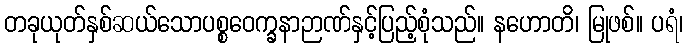
တခုယုတ်နှစ်ဆယ်သောပစ္စဝေက္ခနာဉာဏ်နှင့်ပြည့်စုံသည်။ နဟောတိ၊ မြုဖစ်။ ပရံ၊